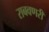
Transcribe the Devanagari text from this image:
राबवणरी